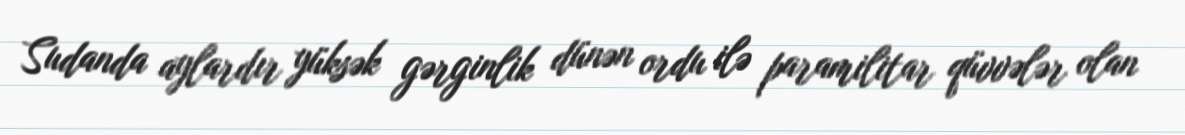
Sudanda aylardır yüksək gərginlik dünən ordu ilə paramilitar qüvvələr olan